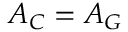
A _ { C } = A _ { G }